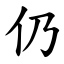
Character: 仍